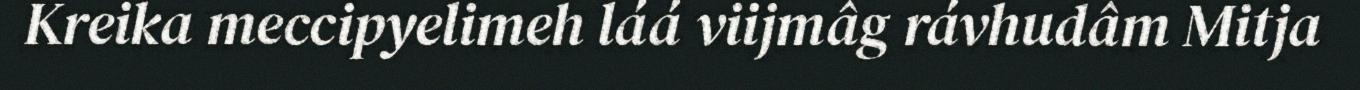
Kreika meccipyelimeh láá viijmâg rávhudâm Mitja